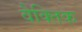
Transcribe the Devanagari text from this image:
वैक्तिक